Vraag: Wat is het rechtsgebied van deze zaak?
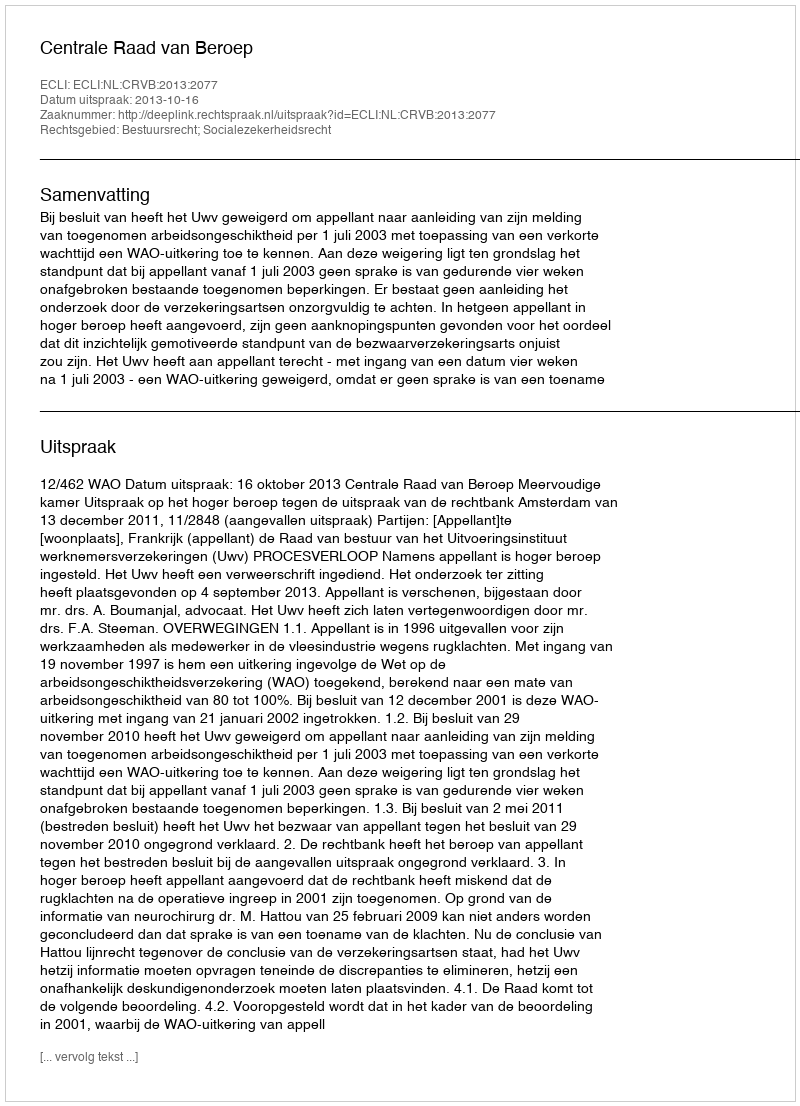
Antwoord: Bestuursrecht; Socialezekerheidsrecht